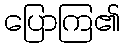
ပြောကြ၏